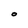
Character: O